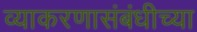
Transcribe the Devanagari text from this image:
व्याकरणासंबंधीच्या